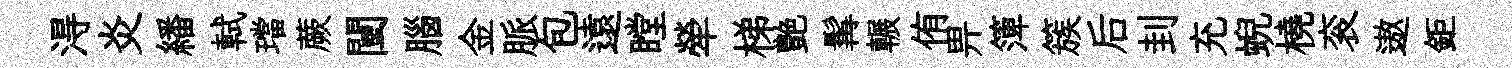
淂炎繙軾璫蕨闉腦金脈包遠瞠犖梯艶髯輾侑畀𥱼簇后刲充蜺橈衮遨鉅